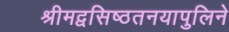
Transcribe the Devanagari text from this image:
श्रीमद्वसिष्ठतनयापुलिने